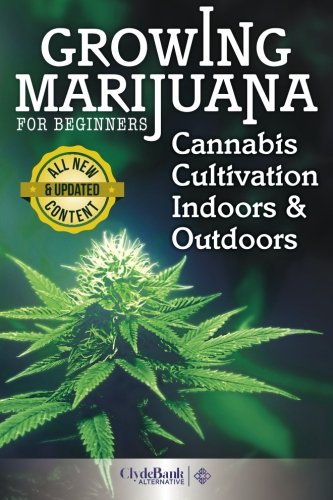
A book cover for Growing Marijuana For Beginners: Cannabis Cultivation Indoors and Outdoors; Adam Holmes; Crafts, Hobbies & Home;